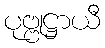
ပုဗ္ဗုဋ္ဌာယီ